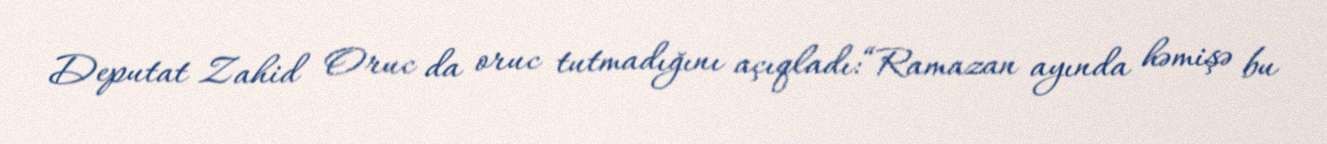
Deputat Zahid Oruc da oruc tutmadığını açıqladı:“Ramazan ayında həmişə bu